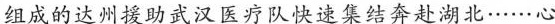
组成的达州援助武汉医疗队快速集结奔赴湖北……心